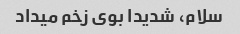
سلام، شدیدا بوی زخم میداد